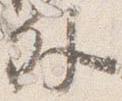
外